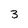
Character: 3